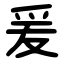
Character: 爰